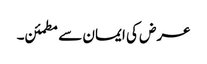
عرض کی ایمان سے مطمئن۔